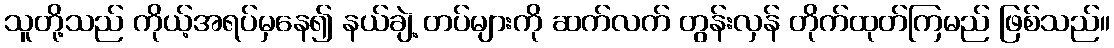
သူတို့သည် ကိုယ့်အရပ်မှနေ၍ နယ်ချဲ့ တပ်များကို ဆက်လက် တွန်းလှန် တိုက်ထုတ်ကြမည် ဖြစ်သည်။